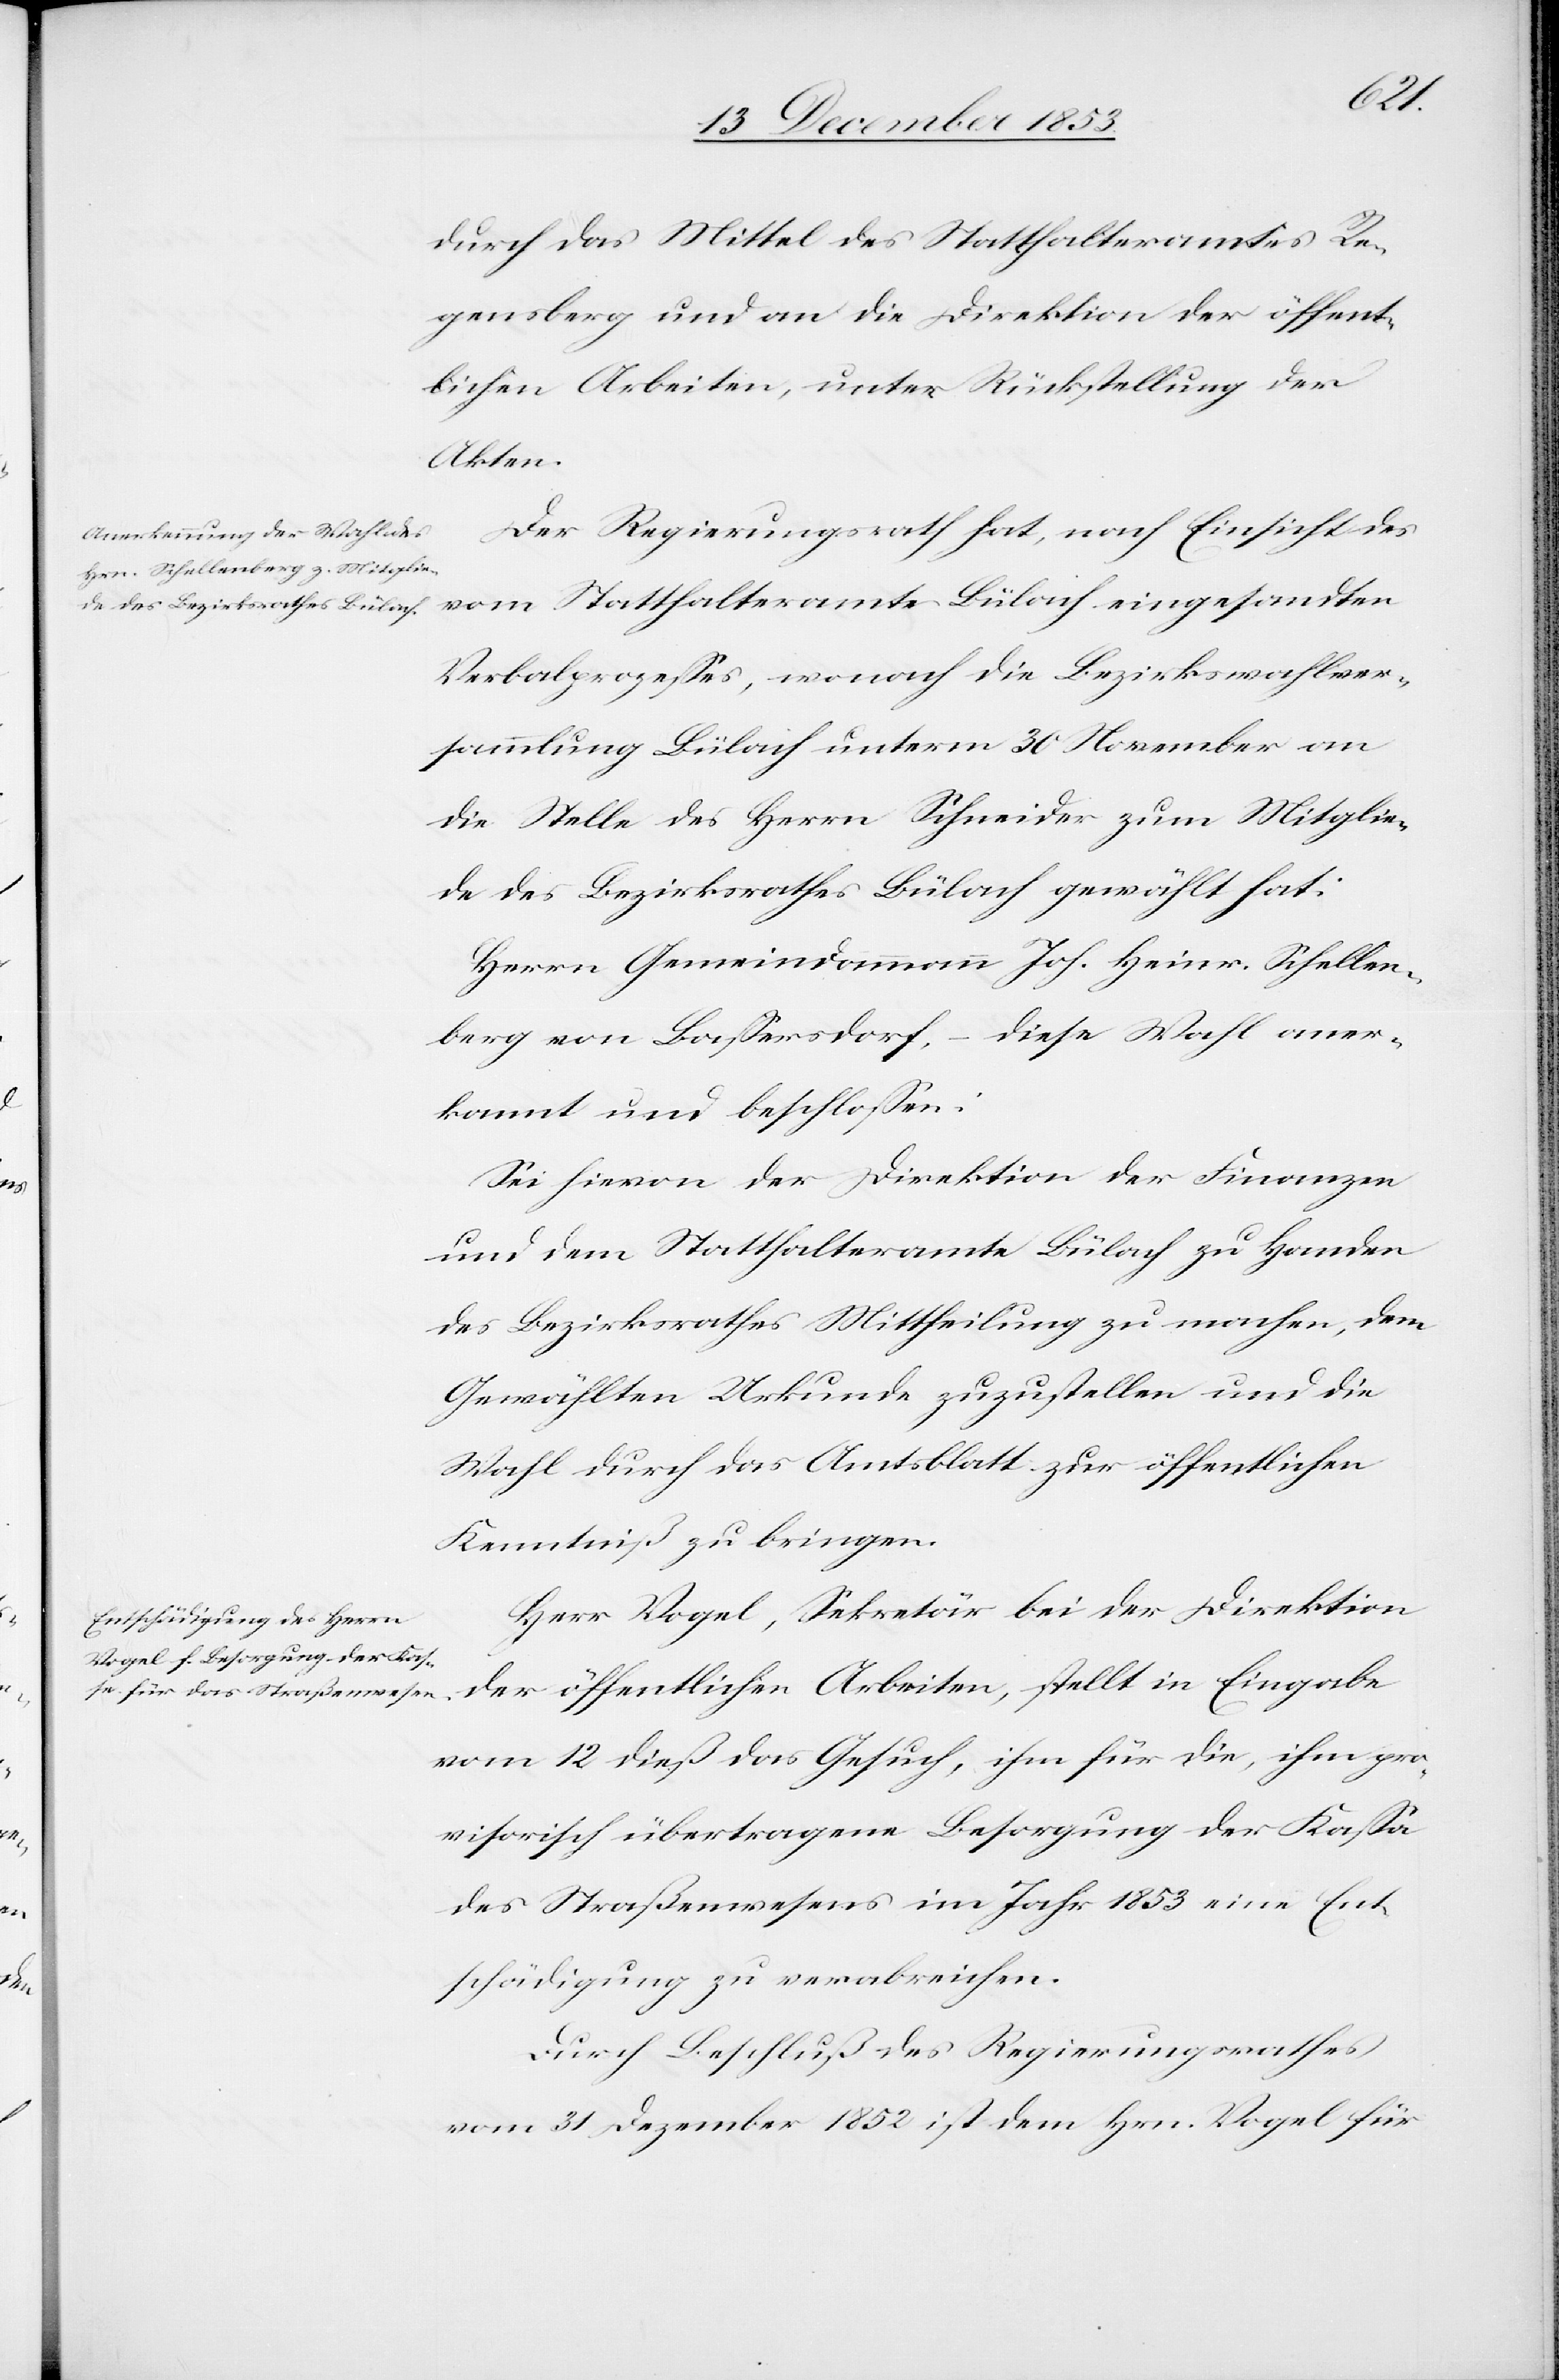
durch das Mittel des Statthalteramtes Re¬
gensberg und an die Direktion der öffent¬
lichen Arbeiten, unter Rückstellung der
Akten.
Der Regierungsrath hat, nach Einsicht des
vom Statthalteramte Bülach eingesandten
Verbalprozeßes, wonach die Bezirkswahlver¬
sammlung Bülach unterm 30 November an
die Stelle des Herrn Schneider zum Mitglie¬
de des Bezirksrathes Bülach gewählt hat:
Herrn Gemeindammann Joh. Heinr. Schellen¬
berg von Baßersdorf, – diese Wahl aner¬
kannt und beschloßen:
Sei hievon der Direktion der Finanzen
und dem Statthalteramte Bülach zu Handen
des Bezirksrathes Mittheilung zu machen, dem
Gewählten Urkunde zuzustellen und die
Wahl durch das Amtsblatt zur öffentlichen
Kenntniß zu bringen.
Herr Vogel, Sekretär bei der Direktion
der öffentlichen Arbeiten, stellt in Eingabe
vom 12 dieß das Gesuch, ihm für die, ihm pro¬
visorisch übertragene Besorgung der Kaßa
des Straßenwesens im Jahr 1853 eine Ent¬
schädigung zu verabreichen.
Durch Beschluß des Regierungsrathes
vom 31 Dezember 1852 ist dem Hrn. Vogel für